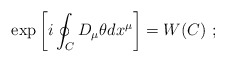
\begin{align*}\exp\left[i\oint_C D_\mu\theta dx^\mu\right]= W(C)~;\end{align*}